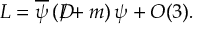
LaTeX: { \cal L } = \overline { { { \psi } } } \left( D \! \! \! \! \slash + m \right) \psi + { \cal O } ( 3 ) .